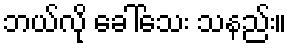
ဘယ်လို ခေါ်သေး သနည်း။